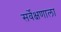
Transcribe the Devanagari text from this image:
सर्वेक्षणाला